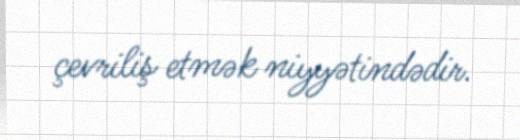
çevriliş etmək niyyətindədir.